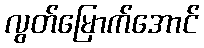
လွတ်မြောက်အောင်